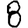
Digit: 8